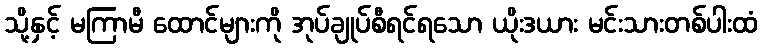
သို့နှင့် မကြာမီ ထောင်များကို အုပ်ချုပ်စီရင်ရသော ယိုးဒယား မင်းသားတစ်ပါးထံ